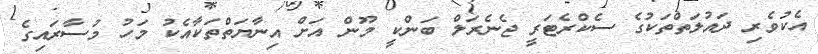
އެކުވެރި ދައުލަތްތަކުގެ ސެކްރެޓަރީ ޖެނެރަލް ބަންކީ މޫން އަށް އިނާޔަތްތަކާއެކު މަހު މުސާރައިގެ